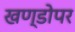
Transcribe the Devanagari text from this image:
खण्डोपर